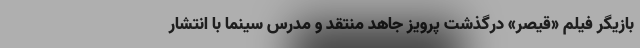
بازیگر فیلم «قیصر» درگذشت پرویز جاهد منتقد و مدرس سینما با انتشار